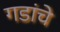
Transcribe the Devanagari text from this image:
गडांचे